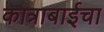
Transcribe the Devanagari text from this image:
कात्राबाईचा